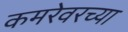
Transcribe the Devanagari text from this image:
कमरेवरच्या